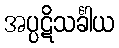
အပ္ပဋိသင်္ခါယ